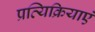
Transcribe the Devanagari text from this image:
प्रत्यिक्रियाएं